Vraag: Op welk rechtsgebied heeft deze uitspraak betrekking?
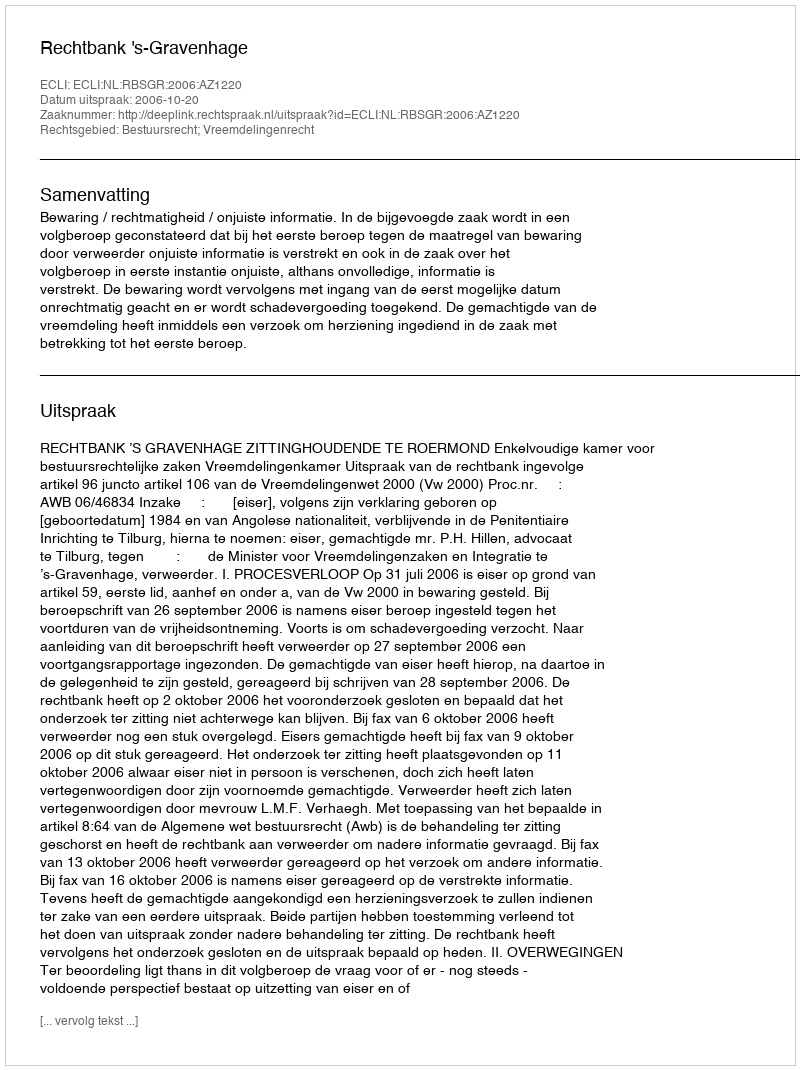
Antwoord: Bestuursrecht; Vreemdelingenrecht